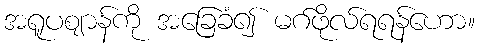
အရူပဈာန်ကို အခြေခံ၍ မဂ်ဖိုလ်ရရန်ဟော။